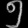
Digit: ၅